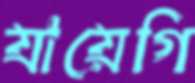
যায়েগি